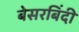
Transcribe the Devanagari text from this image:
बेसरबिंदी